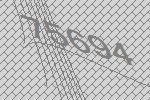
75694